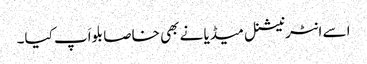
اسے انٹرنیشنل میڈیا نے بھی خاصا بلواَپ کیا۔